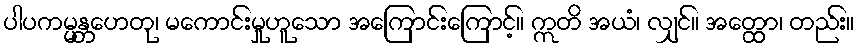
ပါပကမ္မန္တဟေတု၊ မကောင်းမှုဟူသော အကြောင်းကြောင့်။ ဣတိ အယံ၊ လျှင်။ အတ္ထော၊ တည်း။